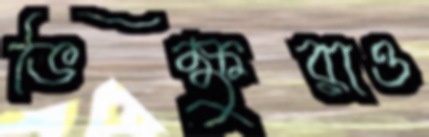
ভিক্ষুরাও